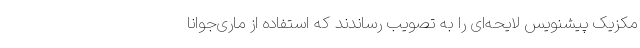
مکزیک پیشنویس لایحه‌ای را به تصویب رساندند که استفاده از ماری‌جوانا